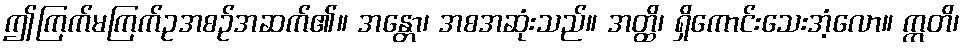
ဤကြက်မကြက်ဥအစဉ်အဆက်၏။ အန္တော၊ အစအဆုံးသည်။ အတ္ထိ၊ ရှိကောင်းသေးအံ့လော။ ဣတိ၊